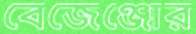
বেজেঞ্জোর